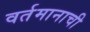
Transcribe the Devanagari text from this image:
वर्तमानाची